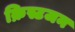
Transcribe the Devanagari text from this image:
क्रिस्टजन